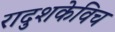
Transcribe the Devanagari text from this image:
रादुशकेविच